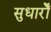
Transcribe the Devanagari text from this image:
सुधारोँ